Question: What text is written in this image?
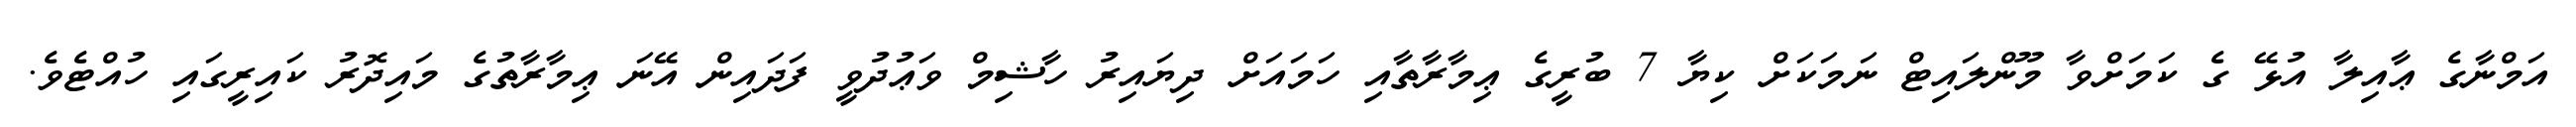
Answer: އަމްނާގެ ޢާއިލާ އުޅޭ ގެ ކަމަށްވާ މޫންލައިޓް ނަމަކަށް ކިޔާ 7 ބުރީގެ ޢިމާރާތާއި ހަމައަށް ދިޔައިރު ހާޝިމް ވަޢުދުވީ ފަދައިން އޭނަ ޢިމާރާތުގެ މައިދޮރު ކައިރީގައި ހުއްޓެވެ.